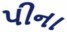
પીના